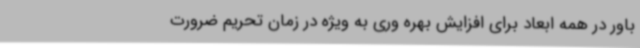
باور در همه ابعاد برای افزایش بهره وری به ویژه در زمان تحریم ضرورت